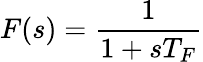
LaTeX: F(s)={\frac{1}{1+sT_{F}}}